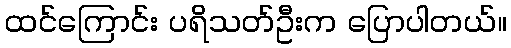
ထင်ကြောင်း ပရိသတ်ဦးက ပြောပါတယ်။